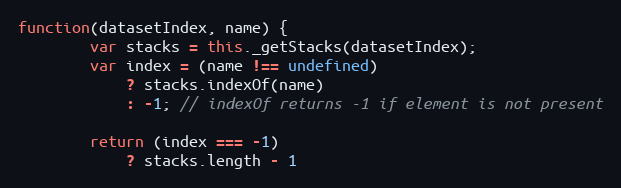
Language: JavaScript
function(datasetIndex, name) {
		var stacks = this._getStacks(datasetIndex);
		var index = (name !== undefined)
			? stacks.indexOf(name)
			: -1; // indexOf returns -1 if element is not present

		return (index === -1)
			? stacks.length - 1